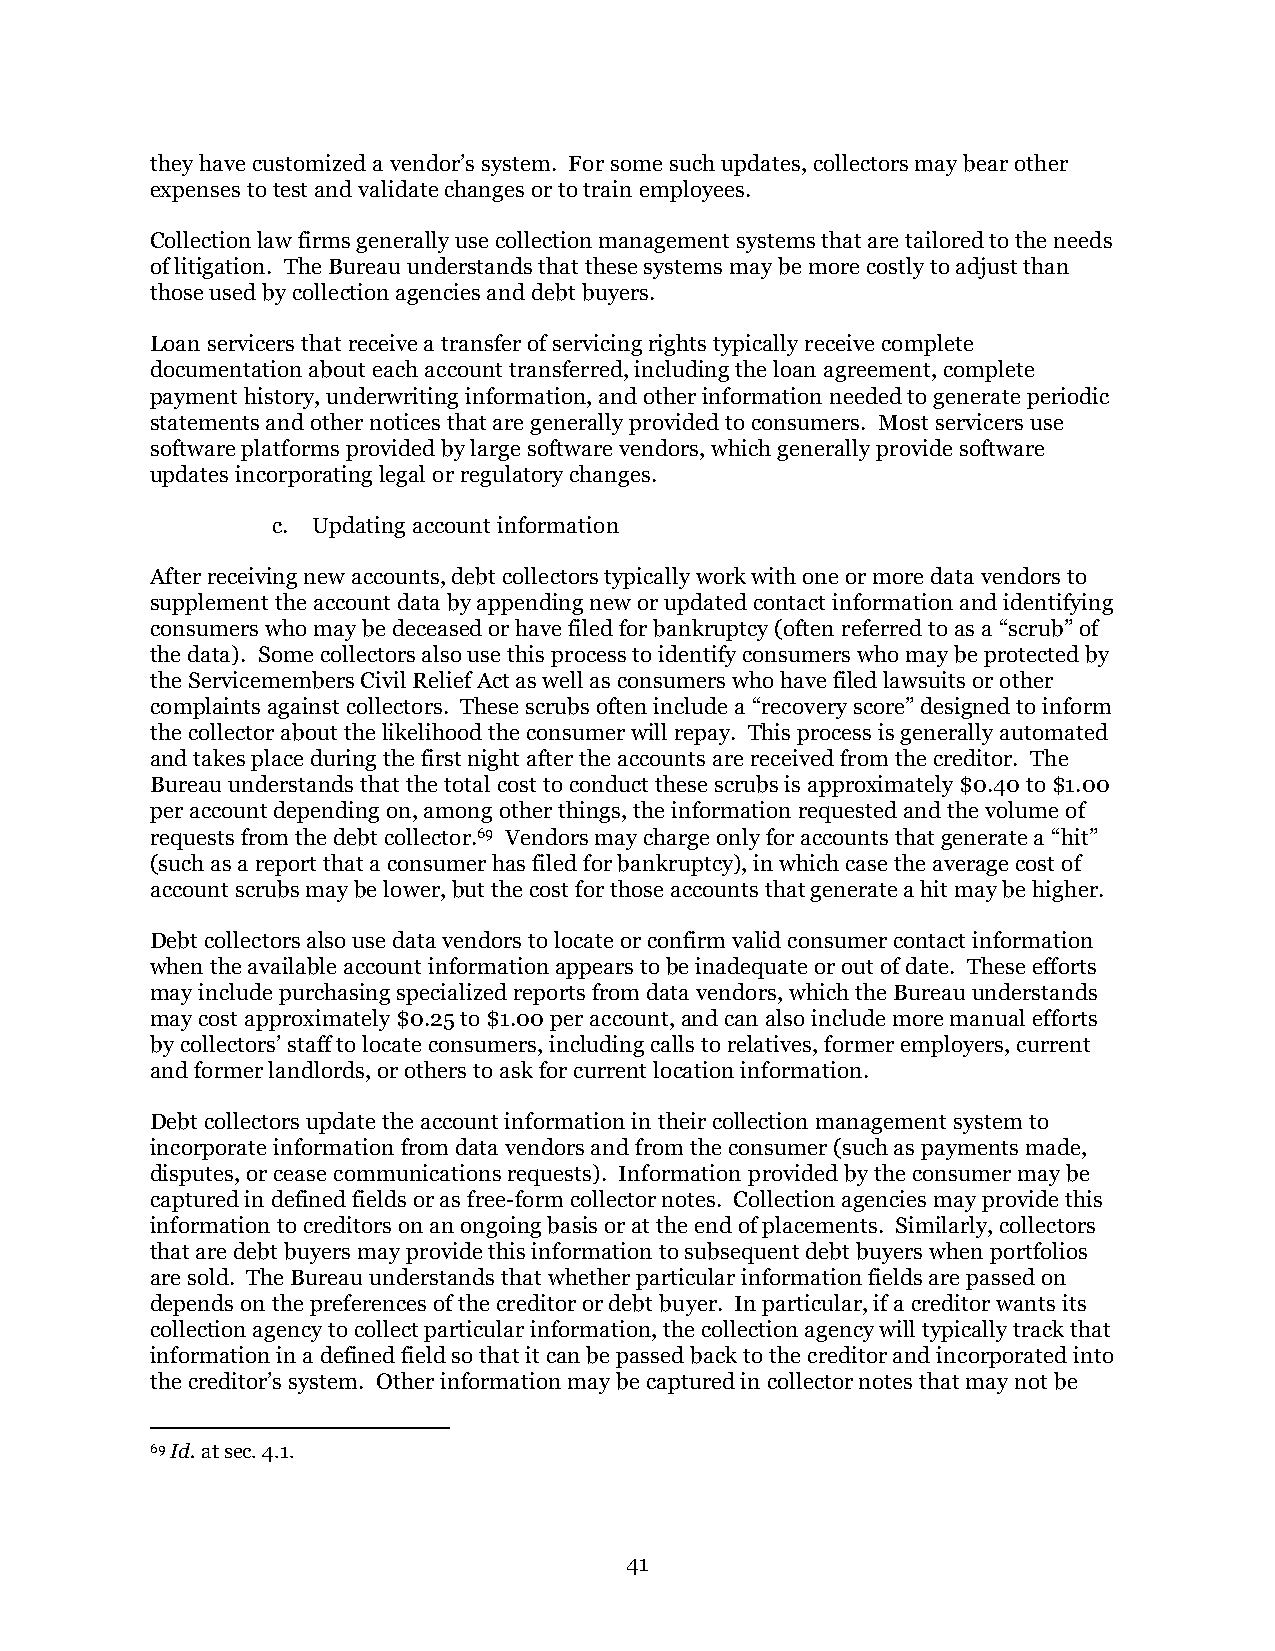
they have customized a vendor’s system. For some such updates, collectors may bear other
 expenses to test and validate changes or to train employees.
 Collection law firms generally use collection management systems that are tailored to the needs
 of litigation. The Bureau understands that these systems may be more costly to adjust than
 those used by collection agencies and debt buyers.
 Loan servicers that receive a transfer of servicing rights typically receive complete
 documentation about each account transferred, including the loan agreement, complete
 payment history, underwriting information, and other information needed to generate periodic
 statements and other notices that are generally provided to consumers. Most servicers use
 software platforms provided by large software vendors, which generally provide software
 updates incorporating legal or regulatory changes.
 c. Updating account information
 After receiving new accounts, debt collectors typically work with one or more data vendors to
 supplement the account data by appending new or updated contact information and identifying
 consumers who may be deceased or have filed for bankruptcy (often referred to as a “scrub” of
 the data). Some collectors also use this process to identify consumers who may be protected by
 the Servicemembers Civil Relief Act as well as consumers who have filed lawsuits or other
 complaints against collectors. These scrubs often include a “recovery score” designed to inform
 the collector about the likelihood the consumer will repay. This process is generally automated
 and takes place during the first night after the accounts are received from the creditor. The
 Bureau understands that the total cost to conduct these scrubs is approximately $0.40 to $1.00
 per account depending on, among other things, the information requested and the volume of
 requests from the debt collector.69 Vendors may charge only for accounts that generate a “hit”
 (such as a report that a consumer has filed for bankruptcy), in which case the average cost of
 account scrubs may be lower, but the cost for those accounts that generate a hit may be higher.
 Debt collectors also use data vendors to locate or confirm valid consumer contact information
 when the available account information appears to be inadequate or out of date. These efforts
 may include purchasing specialized reports from data vendors, which the Bureau understands
 may cost approximately $0.25 to $1.00 per account, and can also include more manual efforts
 by collectors’ staff to locate consumers, including calls to relatives, former employers, current
 and former landlords, or others to ask for current location information.
 Debt collectors update the account information in their collection management system to
 incorporate information from data vendors and from the consumer (such as payments made,
 disputes, or cease communications requests). Information provided by the consumer may be
 captured in defined fields or as free-form collector notes. Collection agencies may provide this
 information to creditors on an ongoing basis or at the end of placements. Similarly, collectors
 that are debt buyers may provide this information to subsequent debt buyers when portfolios
 are sold. The Bureau understands that whether particular information fields are passed on
 depends on the preferences of the creditor or debt buyer. In particular, if a creditor wants its
 collection agency to collect particular information, the collection agency will typically track that
 information in a defined field so that it can be passed back to the creditor and incorporated into
 the creditor’s system. Other information may be captured in collector notes that may not be
 69 Id. at sec. 4.1.
 41